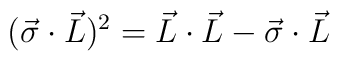
(\vec{\sigma} \cdot \vec{L})^{2} = \vec{L} \cdot \vec{L}-\vec{\sigma} \cdot \vec{L}